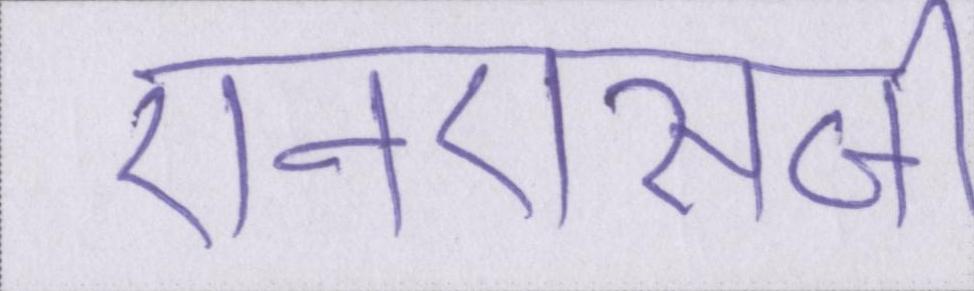
एनएसजी